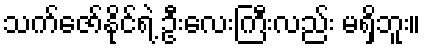
သက်ဇော်နိုင်ရဲ့ ဦးလေးကြီးလည်း မရှိဘူး။